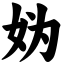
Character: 妫